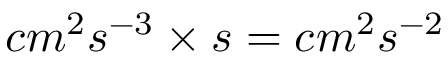
c m ^ { 2 } s ^ { - 3 } \times s = c m ^ { 2 } s ^ { - 2 }